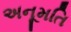
અનૂમતિ